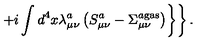
\left. \left. + i \int d ^ { 4 } x \lambda _ { \mu \nu } ^ { a } \left( S _ { \mu \nu } ^ { a } - \Sigma _ { \mu \nu } ^ { a { } \mathrm { g a s } } \right) \right\} \right\} .